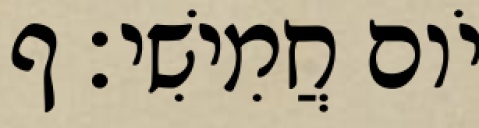
יֹום חֲמִישִׁי׃ ף